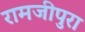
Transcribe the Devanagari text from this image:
रामजीपुरा